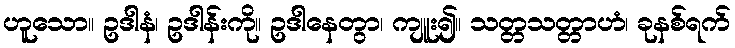
ဟူသော။ ဥဒါနံ၊ ဥဒါန်းကို။ ဥဒါနေတွာ၊ ကျူး၍။ သတ္တသတ္တာဟံ၊ ခုနစ်ရက်